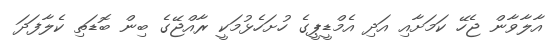
އާލާވާން ޖެހޭ ކަމަށާއި އަދި އެމްޑީޕީގެ ހުށަހެޅުމަކީ ރާއްޖޭގެ ބިން ބޮޑަތި ކެލާފަދަ